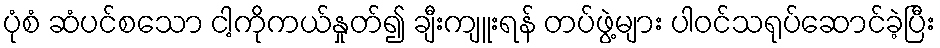
ပုံစံ ဆံပင်စသော ငါ့ကိုကယ်နှုတ်၍ ချီးကျူးရန် တပ်ဖွဲ့များ ပါဝင်သရုပ်ဆောင်ခဲ့ပြီး